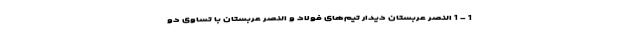
1 - 1 النصر عربستان دیدار تیم‌های فولاد و النصر عربستان با تساوی دو